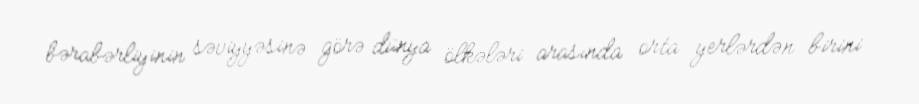
bərabərliyinin səviyyəsinə görə dünya ölkələri arasında orta yerlərdən birini